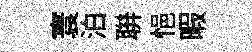
寰泊聨悒暇